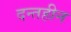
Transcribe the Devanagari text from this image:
दन्तहीन